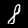
Label: 8